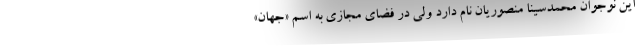
این نوجوان محمدسینا منصوریان نام دارد ولی در فضای مجازی به اسم «جهان»